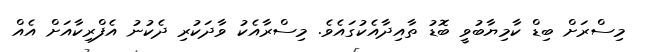
މިސްރަށް ބިޑް ކާމިޔާބުވީ ބޮޑު ތާއިދާއެކުގައެވެ. މިސްރާއެކު ވާދަކުރި ދެކުނު އެފްރިކާއަށް އެއް